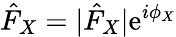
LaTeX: \hat{F}_{X}=|\hat{F}_{X}|\mathrm{e}^{i\phi_{X}}